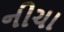
નીચા